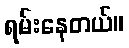
ရမ်းနေတယ်။